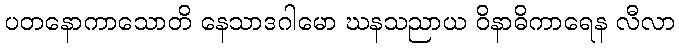
ပတနောကာသောတိ နေသာဒဂါမော ဃနသညာယ ဝိနာဓိကာရေန လီလာ